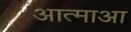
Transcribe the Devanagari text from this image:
आत्माआ